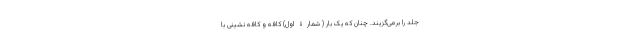
جلد را برمی‌گزیند. چنان که یک بار ( شمارۀ اول) کافه و کافه نشینی با